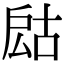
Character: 𢩍